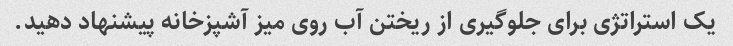
یک استراتژی برای جلوگیری از ریختن آب روی میز آشپزخانه پیشنهاد دهید.